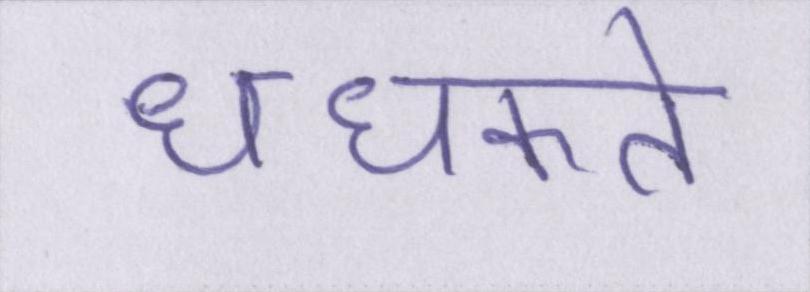
धधकते